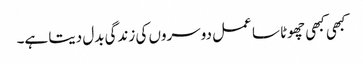
کبھی کبھی چھوٹا سا عمل دوسروں کی زندگی بدل دیتا ہے۔